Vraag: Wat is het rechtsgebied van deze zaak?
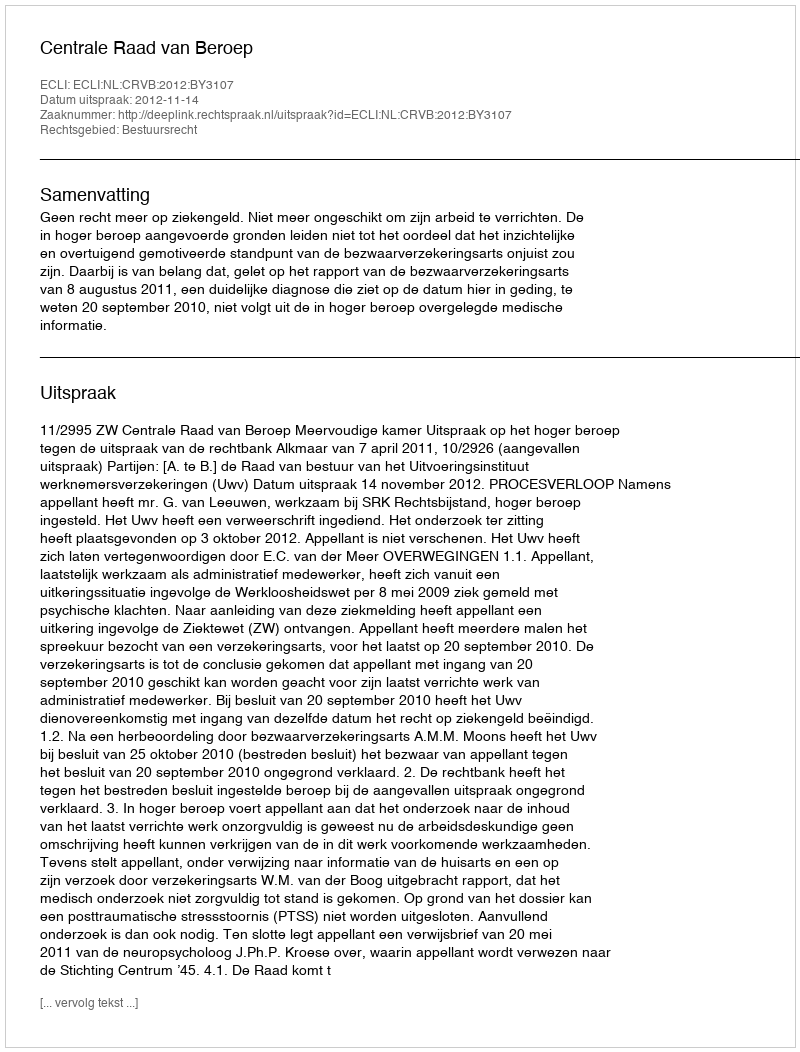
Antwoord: Bestuursrecht